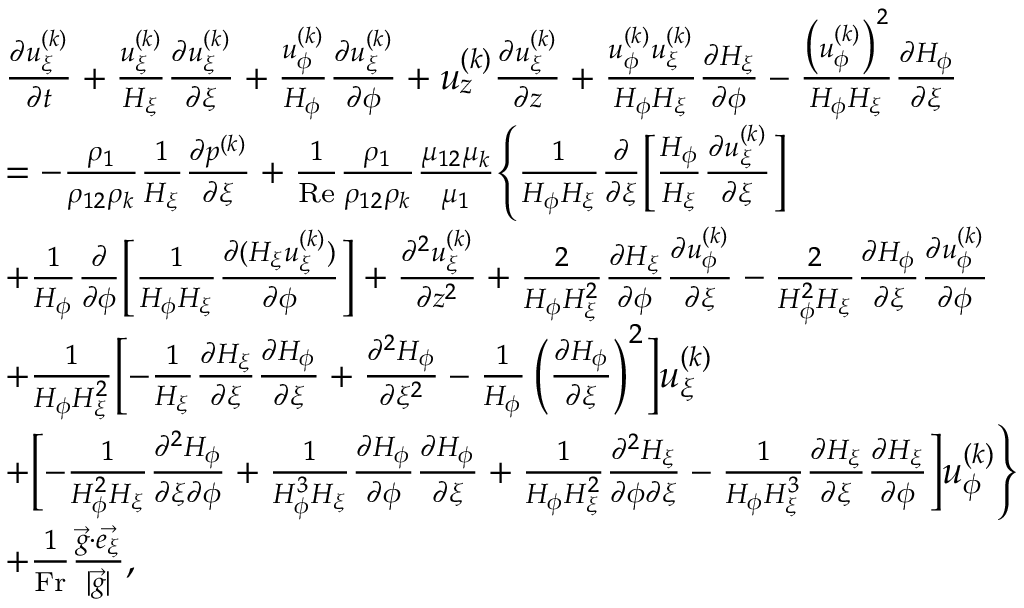
\begin{array} { r l } & { \begin{array} { r l } & { \frac { \partial u _ { \xi } ^ { ( k ) } } { \partial t } + \frac { u _ { \xi } ^ { ( k ) } } { H _ { \xi } } \frac { \partial u _ { \xi } ^ { ( k ) } } { \partial \xi } + \frac { u _ { \phi } ^ { ( k ) } } { H _ { \phi } } \frac { \partial u _ { \xi } ^ { ( k ) } } { \partial \phi } + u _ { z } ^ { ( k ) } \frac { \partial u _ { \xi } ^ { ( k ) } } { \partial z } + \frac { u _ { \phi } ^ { ( k ) } u _ { \xi } ^ { ( k ) } } { H _ { \phi } H _ { \xi } } \frac { \partial H _ { \xi } } { \partial \phi } - \frac { \big ( u _ { \phi } ^ { ( k ) } \big ) ^ { 2 } } { H _ { \phi } H _ { \xi } } \frac { \partial H _ { \phi } } { \partial \xi } } \\ & { = - \frac { \rho _ { 1 } } { \rho _ { 1 2 } \rho _ { k } } \frac { 1 } { H _ { \xi } } \frac { \partial p ^ { ( k ) } } { \partial \xi } + \frac { 1 } { \mathrm { R e } } \frac { \rho _ { 1 } } { \rho _ { 1 2 } \rho _ { k } } \frac { \mu _ { 1 2 } \mu _ { k } } { \mu _ { 1 } } \Biggl \{ \frac { 1 } { H _ { \phi } H _ { \xi } } \frac { \partial } { \partial \xi } \biggl [ \frac { H _ { \phi } } { H _ { \xi } } \frac { \partial u _ { \xi } ^ { ( k ) } } { \partial \xi } \biggr ] } \\ & { + \frac { 1 } { H _ { \phi } } \frac { \partial } { \partial \phi } \biggl [ \frac { 1 } { H _ { \phi } H _ { \xi } } \frac { \partial ( H _ { \xi } u _ { \xi } ^ { ( k ) } ) } { \partial \phi } \biggr ] + \frac { \partial ^ { 2 } u _ { \xi } ^ { ( k ) } } { \partial z ^ { 2 } } + \frac { 2 } { H _ { \phi } H _ { \xi } ^ { 2 } } \frac { \partial H _ { \xi } } { \partial \phi } \frac { \partial u _ { \phi } ^ { ( k ) } } { \partial \xi } - \frac { 2 } { H _ { \phi } ^ { 2 } H _ { \xi } } \frac { \partial H _ { \phi } } { \partial \xi } \frac { \partial u _ { \phi } ^ { ( k ) } } { \partial \phi } } \\ & { + \frac { 1 } { H _ { \phi } H _ { \xi } ^ { 2 } } \biggl [ - \frac { 1 } { H _ { \xi } } \frac { \partial H _ { \xi } } { \partial \xi } \frac { \partial H _ { \phi } } { \partial \xi } + \frac { \partial ^ { 2 } H _ { \phi } } { \partial \xi ^ { 2 } } - \frac { 1 } { H _ { \phi } } \left( \frac { \partial H _ { \phi } } { \partial \xi } \right) ^ { 2 } \biggr ] u _ { \xi } ^ { ( k ) } } \\ & { + \biggl [ - \frac { 1 } { H _ { \phi } ^ { 2 } H _ { \xi } } \frac { \partial ^ { 2 } H _ { \phi } } { \partial \xi \partial \phi } + \frac { 1 } { H _ { \phi } ^ { 3 } H _ { \xi } } \frac { \partial H _ { \phi } } { \partial \phi } \frac { \partial H _ { \phi } } { \partial \xi } + \frac { 1 } { H _ { \phi } H _ { \xi } ^ { 2 } } \frac { \partial ^ { 2 } H _ { \xi } } { \partial \phi \partial \xi } - \frac { 1 } { H _ { \phi } H _ { \xi } ^ { 3 } } \frac { \partial H _ { \xi } } { \partial \xi } \frac { \partial H _ { \xi } } { \partial \phi } \biggr ] u _ { \phi } ^ { ( k ) } \Biggr \} } \\ & { + \frac { 1 } { \mathrm { F r } } \frac { \vec { g } \cdot \vec { e _ { \xi } } } { | \vec { g } | } , } \end{array} } \end{array}